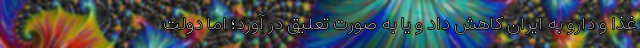
غذا و دارو به ایران کاهش داد و یا به صورت تعلیق در آورد؛ اما دولت